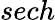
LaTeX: sech